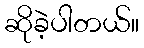
ဆိုခဲ့ပါတယ်။